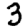
Digit: 3